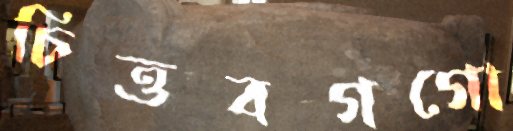
চিত্তবগগো